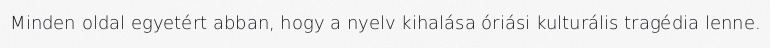
Minden oldal egyetért abban, hogy a nyelv kihalása óriási kulturális tragédia lenne.